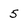
Character: 5